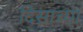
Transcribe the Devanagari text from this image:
दिसाच्या